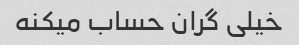
خیلی گران حساب میکنه